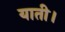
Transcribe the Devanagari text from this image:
याती।